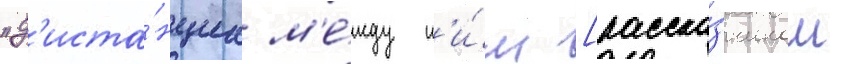
"д'иста́нциа м'е́жду н'и́м [расска́зчиком